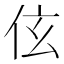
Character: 伭